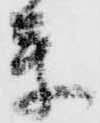
参